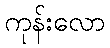
ကုန်းလော